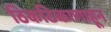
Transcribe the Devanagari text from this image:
ठिकठिकाणाहून